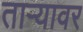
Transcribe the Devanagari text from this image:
ताऱ्यावर